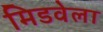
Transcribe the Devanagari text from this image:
मिडवेला